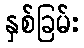
နှစ်ခြမ်း